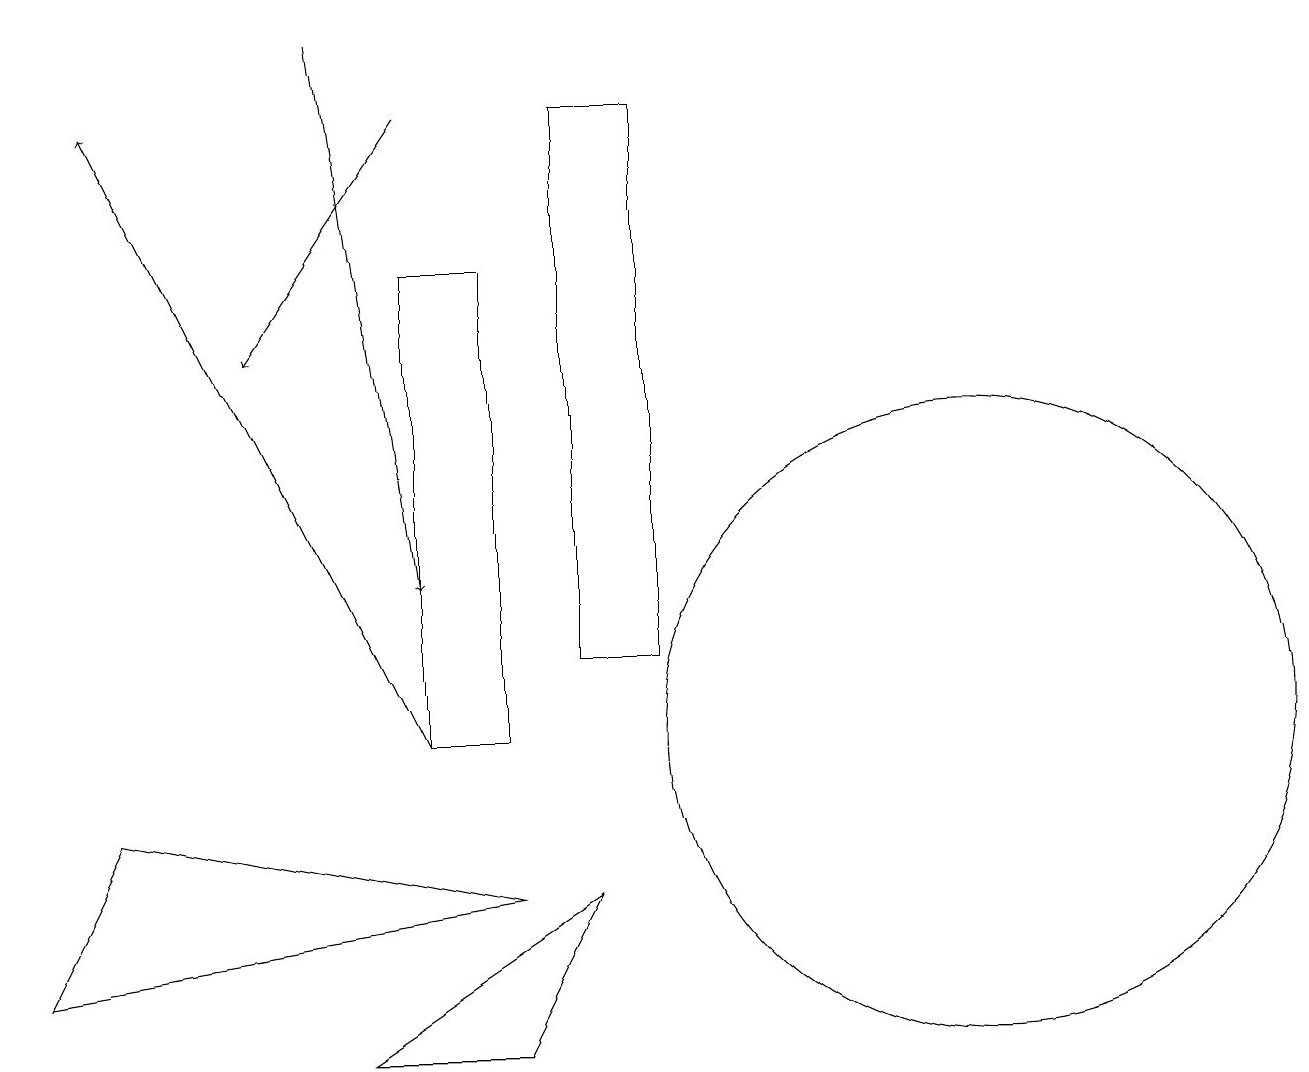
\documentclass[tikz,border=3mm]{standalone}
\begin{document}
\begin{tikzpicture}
\draw (0,7) -- (6,8) -- (1,9) -- cycle;
\draw[->] (5,10) -- (1,18);
\draw (5,10) rectangle (6,16);
\draw[->] (4,19) -- (5,12);
\draw (6,6) -- (4,6) -- (7,8) -- cycle;
\draw (12,10) circle (4);
\draw (8,11) rectangle (7,18);
\draw[->] (5,18) -- (3,15);
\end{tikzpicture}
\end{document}